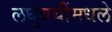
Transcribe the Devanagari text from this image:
लघुत्रयींमधले